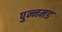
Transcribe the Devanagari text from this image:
पुन्नमड